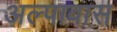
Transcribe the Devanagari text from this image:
अल्पावास